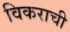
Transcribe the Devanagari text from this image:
विकराची